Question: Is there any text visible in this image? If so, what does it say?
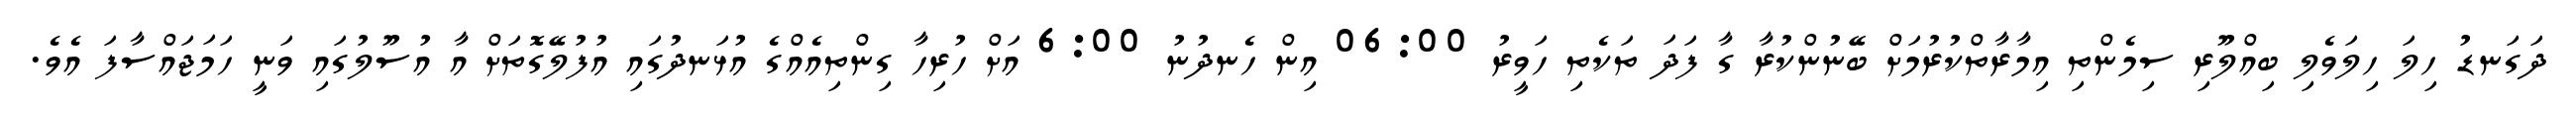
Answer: ދަގަނޑު ހިލަ ހިލަވެލި ބިއްލޫރި ސިމެންތި އިމާރާތްކުރުމަށް ބޭނުންކުރާ ގާ ފަދަ ތަކެތި ހަވީރު 06:00 އިން ހެނދުނު 6:00 އަށް ހުރިހާ ގިންތިއެއްގެ އުޅަނދުގައި އުފުލޭގޮތަށް އާ އުސޫލުގައި ވަނީ ހަމަޖައްސާފަ އެވެ.